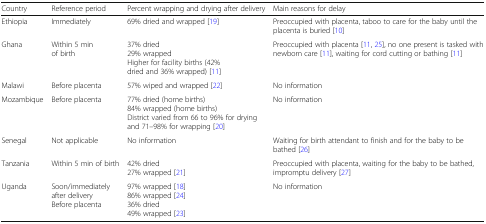
| Country | Reference period | Percent wrapping and drying after delivery | Main reasons for delay |
 | --- | --- | --- | --- |
 | Ethiopia | Immediately | 69% dried and wrapped [19] | Preoccupied with placenta, taboo to care for the baby until the placenta is buried [10] |
 | Ghana | Within 5 min of birth | 37% dried29% wrappedHigher for facility births (42% dried and 36% wrapped) [11] | Preoccupied with placenta [11, 25], no one present is tasked with newborn care [11], waiting for cord cutting or bathing [11] |
 | Malawi | Before placenta | 57% wiped and wrapped [22] | No information |
 | Mozambique | Before placenta | 77% dried (home births)84% wrapped (home births)District varied from 66 to 96% for drying and 71–98% for wrapping [20] | No information |
 | Senegal | Not applicable | No information | Waiting for birth attendant to finish and for the baby to be bathed [26] |
 | Tanzania | Within 5 min of birth | 42% dried27% wrapped [21] | Preoccupied with placenta, waiting for the baby to be bathed, impromptu delivery [27] |
 | Uganda | Soon/immediately after deliveryBefore placenta | 97% wrapped [18]86% wrapped [24]36% dried49% wrapped [23] | No information |